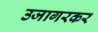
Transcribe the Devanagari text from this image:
उजागरकर